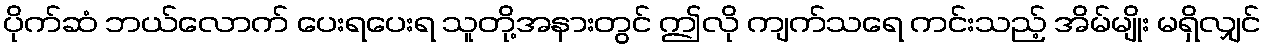
ပိုက်ဆံ ဘယ်လောက် ပေးရပေးရ သူတို့အနားတွင် ဤလို ကျက်သရေ ကင်းသည့် အိမ်မျိုး မရှိလျှင်